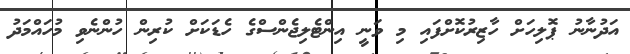
އަދުނާނު ޕޮލިހަށް ހާޒިރުކޮށްފައި މި ވަނީ އިންޓެލިޖެންސްގެ ހެޑަކަށް ކުރިން ހުންނެވި މުހައްމަދު